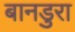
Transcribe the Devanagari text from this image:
बानडुरा